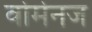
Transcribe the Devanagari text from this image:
वोमेनज